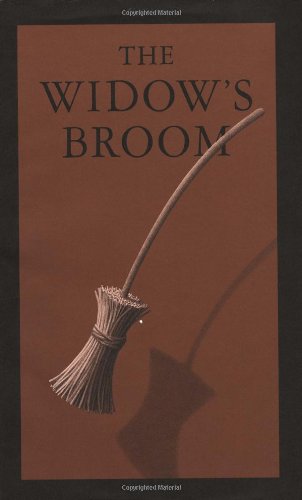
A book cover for The Widow's Broom; Chris Van Allsburg; Children's Books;